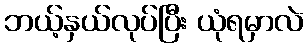
ဘယ့်နှယ်လုပ်ပြီး ယုံရမှာလဲ